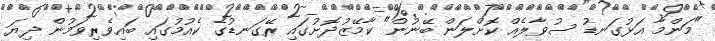
"މަންމާ އަޅުގަނޑު ސުވާލެއް ކޮށްލަން ބޭނުން" ކާމޭޒުދޮށުގައި ރޭގަނޑުގެ ކެއުމުގައި ބައިވެރިވަމުން ދިޔަ